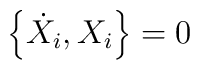
\left\{\dot{X}_i, X_i \right\}=0